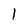
Character: l